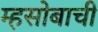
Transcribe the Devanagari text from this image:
म्हसोबाची